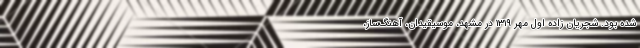
شده بود. شجریان زادهٔ اول مهر ۱۳۱۹ در مشهد، موسیقیدان، آهنگ‌ساز،